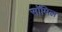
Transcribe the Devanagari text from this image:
सॉमिल